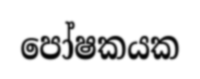
පෝෂකයක